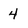
Character: 4